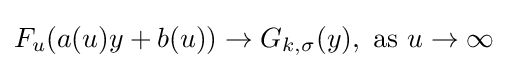
F_{u}(a(u)y+b(u))\rightarrow G_{k,\sigma }(y),{\text{ as }}u\rightarrow \infty